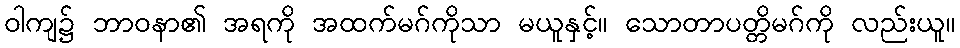
ဝါကျ၌ ဘာဝနာ၏ အရကို အထက်မဂ်ကိုသာ မယူနှင့်။ သောတာပတ္တိမဂ်ကို လည်းယူ။